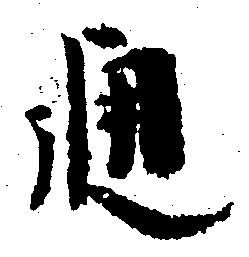
通